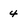
Character: 4